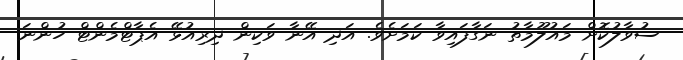
ސުވާލުކޮށް މައުލޫމާތު ނަގާފައިވާ ކަމަށެވެ. އަދި އޭނާ ވަކިން ދިރިއުޅޭ އެޕާޓްމެންޓް ހުންނަ